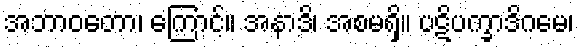
အဘာဝတော၊ ကြောင့်။ အနာဒိ၊ အစမရှိ။ ပဋိပက္ခာဒိဂမေ၊